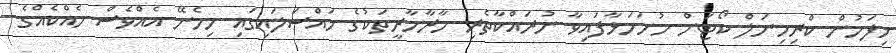
މިފަހުން ކްރިމިނަލް ކޯޓަށް ހުށަހަޅާފައިވާ ނުރައްކާތެރި މާރާމާރީތަކުގެ މައްސަލައިގައި ހިމެނޭ އެއްވެސް ހެއްކެއްގެ